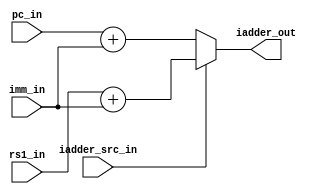
module msrv32_immediate_adder(input  [31:0] pc_in,rs1_in,imm_in,
                              input         iadder_src_in,
                              output [31:0] iadder_out
                             );

   assign iadder_out = iadder_src_in ? (rs1_in+imm_in) : (pc_in + imm_in);
endmodule